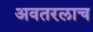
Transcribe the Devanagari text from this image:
अवतरलाच